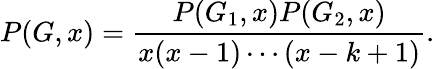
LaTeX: P(G,x)={\frac{P(G_{1},x)P(G_{2},x)}{x(x-1)\cdots(x-k+1)}}.